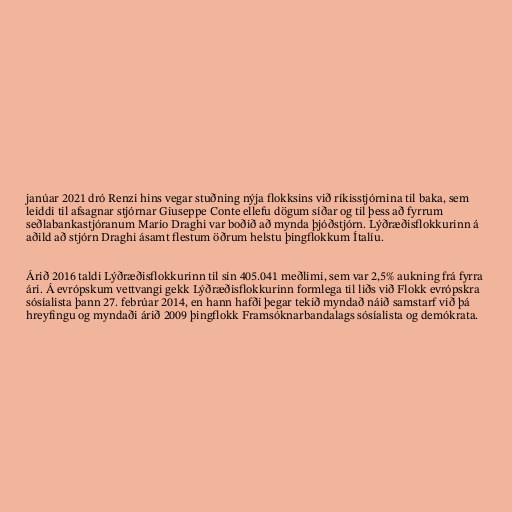
janúar 2021 dró Renzi hins vegar stuðning nýja flokksins við ríkisstjórnina til baka, sem
leiddi til afsagnar stjórnar Giuseppe Conte ellefu dögum síðar og til þess að fyrrum
seðlabankastjóranum Mario Draghi var boðið að mynda þjóðstjórn. Lýðræðisflokkurinn á
aðild að stjórn Draghi ásamt flestum öðrum helstu þingflokkum Ítalíu.

Árið 2016 taldi Lýðræðisflokkurinn til sín 405.041 meðlimi, sem var 2,5% aukning frá fyrra
ári. Á evrópskum vettvangi gekk Lýðræðisflokkurinn formlega til liðs við Flokk evrópskra
sósíalista þann 27. febrúar 2014, en hann hafði þegar tekið myndað náið samstarf við þá
hreyfingu og myndaði árið 2009 þingflokk Framsóknarbandalags sósíalista og demókrata.